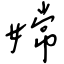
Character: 嫦